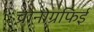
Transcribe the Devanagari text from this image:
च्रोनोग्रफिई